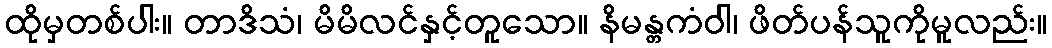
ထိုမှတစ်ပါး။ တာဒိသံ၊ မိမိလင်နှင့်တူသော။ နိမန္တကံဝါ၊ ဖိတ်ပန်သူကိုမူလည်း။